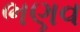
ભણવ